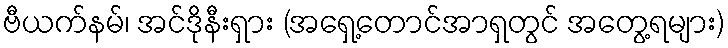
ဗီယက်နမ်၊ အင်ဒိုနီးရှား (အရှေ့တောင်အာရှတွင် အတွေ့ရများ)